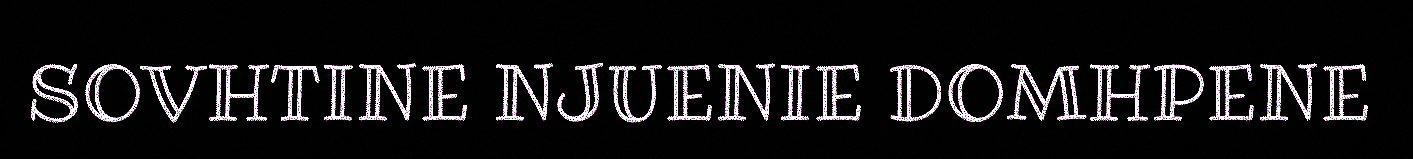
SOVHTINE NJUENIE DOMHPENE